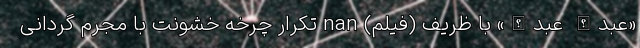
«عبدالله عبدالله» با ظریف (فیلم) nan تکرار چرخه خشونت با مجرم گردانی